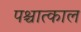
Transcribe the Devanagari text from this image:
पश्चात्काल